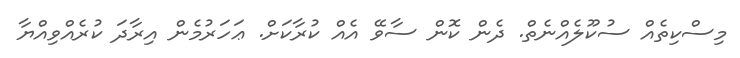
މިސްކިތެއް ސުކޫލެއްނެތް. ދެން ކޮން ސާވޭ އެއް ކުރާކަށް. ޢަހަރުމެން އިރާދަ ކުރެއްވިއްޔާ